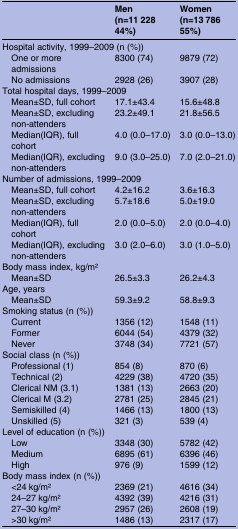
<table><thead><tr><td></td><td><b>Men (n=11 228 44%)</b></td><td><b>Women (n=13 786 55%)</b></td></tr></thead><tbody><tr><td colspan="3">Hospital activity, 1999–2009 (n (%))</td></tr><tr><td> One or more admissions</td><td>8300 (74)</td><td>9879 (72)</td></tr><tr><td> No admissions</td><td>2928 (26)</td><td>3907 (28)</td></tr><tr><td colspan="3">Total hospital days, 1999–2009</td></tr><tr><td> Mean±SD, full cohort</td><td>17.1±43.4</td><td>15.6±48.8</td></tr><tr><td> Mean±SD, excluding non-attenders</td><td>23.2±49.1</td><td>21.8±56.5</td></tr><tr><td> Median(IQR), full cohort</td><td>4.0 (0.0–17.0)</td><td>3.0 (0.0–13.0)</td></tr><tr><td> Median(IQR), excluding non-attenders</td><td>9.0 (3.0–25.0)</td><td>7.0 (2.0–21.0)</td></tr><tr><td colspan="3">Number of admissions, 1999–2009</td></tr><tr><td> Mean±SD, full cohort</td><td>4.2±16.2</td><td>3.6±16.3</td></tr><tr><td> Mean±SD, excluding non-attenders</td><td>5.7±18.6</td><td>5.0±19.0</td></tr><tr><td> Median(IQR), full cohort</td><td>2.0 (0.0–5.0)</td><td>2.0 (0.0–4.0)</td></tr><tr><td> Median(IQR), excluding non-attenders</td><td>3.0 (2.0–6.0)</td><td>3.0 (1.0–5.0)</td></tr><tr><td colspan="3">Body mass index, kg/m2</td></tr><tr><td> Mean±SD</td><td>26.5±3.3</td><td>26.2±4.3</td></tr><tr><td colspan="3">Age, years</td></tr><tr><td> Mean±SD</td><td>59.3±9.2</td><td>58.8±9.3</td></tr><tr><td colspan="3">Smoking status (n (%))</td></tr><tr><td> Current</td><td>1356 (12)</td><td>1548 (11)</td></tr><tr><td> Former</td><td>6044 (54)</td><td>4379 (32)</td></tr><tr><td> Never</td><td>3748 (34)</td><td>7721 (57)</td></tr><tr><td colspan="3">Social class (n (%))</td></tr><tr><td> Professional (1)</td><td>854 (8)</td><td>870 (6)</td></tr><tr><td> Technical (2)</td><td>4229 (38)</td><td>4720 (35)</td></tr><tr><td> Clerical NM (3.1)</td><td>1381 (13)</td><td>2663 (20)</td></tr><tr><td> Clerical M (3.2)</td><td>2781 (25)</td><td>2845 (21)</td></tr><tr><td> Semiskilled (4)</td><td>1466 (13)</td><td>1800 (13)</td></tr><tr><td> Unskilled (5)</td><td>321 (3)</td><td>539 (4)</td></tr><tr><td colspan="3">Level of education (n (%))</td></tr><tr><td> Low</td><td>3348 (30)</td><td>5782 (42)</td></tr><tr><td> Medium</td><td>6895 (61)</td><td>6396 (46)</td></tr><tr><td> High</td><td>976 (9)</td><td>1599 (12)</td></tr><tr><td colspan="3">Body mass index (n (%))</td></tr><tr><td> &lt;24 kg/m2</td><td>2369 (21)</td><td>4616 (34)</td></tr><tr><td> 24–27 kg/m2</td><td>4392 (39)</td><td>4216 (31)</td></tr><tr><td> 27–30 kg/m2</td><td>2957 (26)</td><td>2608 (19)</td></tr><tr><td> &gt;30 kg/m2</td><td>1486 (13)</td><td>2317 (17)</td></tr></tbody></table>